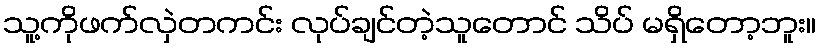
သူ့ကိုဖက်လှဲတကင်း လုပ်ချင်တဲ့သူတောင် သိပ် မရှိတော့ဘူး။